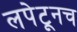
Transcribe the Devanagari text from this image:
लपेटूनच